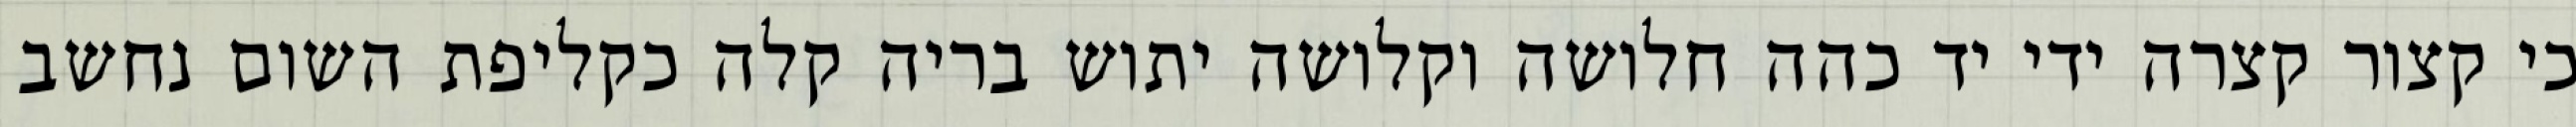
כי קצור קצרה ידי יד כהה חלושה וקלושה יתוש בריה קלה כקליפת השום נחשב